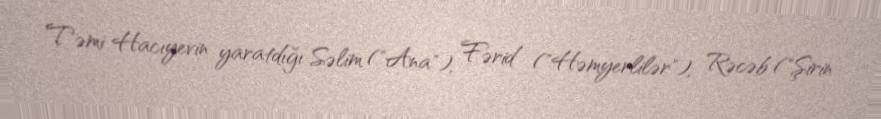
Təmi Hacıyevin yaratdığı Səlim ("Ana"), Fərid ("Həmyerlilər"), Rəcəb ("Şirin